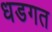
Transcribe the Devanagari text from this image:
धडगत